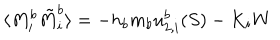
\langle M _ { i } ^ { b } \tilde { M } _ { i } ^ { b } \rangle = - h _ { b } m _ { b } u _ { 2 , i } ^ { b } ( S ) - K _ { i } W